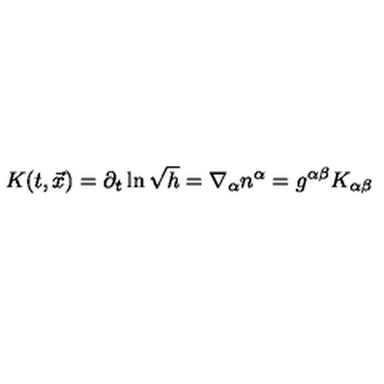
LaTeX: K ( t , \vec { x } ) = \partial _ { t } \ln \sqrt { h } = \nabla _ { \alpha } n ^ { \alpha } = g ^ { \alpha \beta } K _ { \alpha \beta }